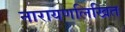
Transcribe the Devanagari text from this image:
नारायणलिखित